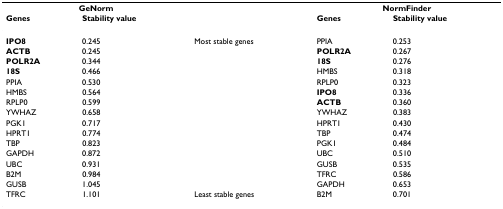
<table><thead><tr><td colspan="2"><b>GeNorm</b></td><td>[EMPTY_CELL]</td><td colspan="2"><b>NormFinder</b></td></tr><tr><td><b>Genes</b></td><td><b>Stability value</b></td><td>[EMPTY_CELL]</td><td><b>Genes</b></td><td><b>Stability value</b></td></tr></thead><tbody><tr><td><b>IPO8</b></td><td>0.245</td><td>Most stable genes</td><td>PPIA</td><td>0.253</td></tr><tr><td><b>ACTB</b></td><td>0.245</td><td>[EMPTY_CELL]</td><td><b>POLR2A</b></td><td>0.267</td></tr><tr><td><b>POLR2A</b></td><td>0.344</td><td>[EMPTY_CELL]</td><td><b>18S</b></td><td>0.276</td></tr><tr><td><b>18S</b></td><td>0.466</td><td>[EMPTY_CELL]</td><td>HMBS</td><td>0.318</td></tr><tr><td>PPIA</td><td>0.530</td><td>[EMPTY_CELL]</td><td>RPLP0</td><td>0.323</td></tr><tr><td>HMBS</td><td>0.564</td><td>[EMPTY_CELL]</td><td><b>IPO8</b></td><td>0.336</td></tr><tr><td>RPLP0</td><td>0.599</td><td>[EMPTY_CELL]</td><td><b>ACTB</b></td><td>0.360</td></tr><tr><td>YWHAZ</td><td>0.658</td><td>[EMPTY_CELL]</td><td>YWHAZ</td><td>0.383</td></tr><tr><td>PGK1</td><td>0.717</td><td>[EMPTY_CELL]</td><td>HPRT1</td><td>0.430</td></tr><tr><td>HPRT1</td><td>0.774</td><td>[EMPTY_CELL]</td><td>TBP</td><td>0.474</td></tr><tr><td>TBP</td><td>0.823</td><td>[EMPTY_CELL]</td><td>PGK1</td><td>0.484</td></tr><tr><td>GAPDH</td><td>0.872</td><td>[EMPTY_CELL]</td><td>UBC</td><td>0.510</td></tr><tr><td>UBC</td><td>0.931</td><td>[EMPTY_CELL]</td><td>GUSB</td><td>0.535</td></tr><tr><td>B2M</td><td>0.984</td><td>[EMPTY_CELL]</td><td>TFRC</td><td>0.586</td></tr><tr><td>GUSB</td><td>1.045</td><td>[EMPTY_CELL]</td><td>GAPDH</td><td>0.653</td></tr><tr><td>TFRC</td><td>1.101</td><td>Least stable genes</td><td>B2M</td><td>0.701</td></tr></tbody></table>